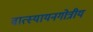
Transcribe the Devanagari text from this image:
वात्स्यायनगोत्रीय